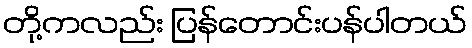
တို့ကလည်း ပြန်တောင်းပန်ပါတယ်